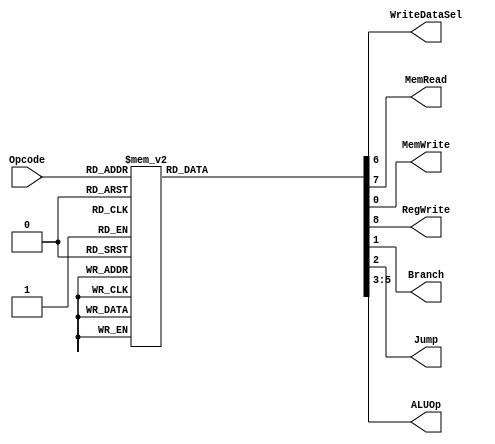
`timescale 1ns/1ns
module ControlUnit(input [3:0]Opcode, output WriteDataSel,MemRead,MemWrite,RegWrite,Branch,Jump, output [2:0] ALUOp);
	reg [2:0] aluop;
	reg writeDataSel,memRead,memWrite,regWrite,branch,jump;
  assign ALUOp = aluop;
  assign WriteDataSel = writeDataSel;
  assign MemRead = memRead;
  assign MemWrite = memWrite;
  assign RegWrite = regWrite;
  assign Branch = branch;
  assign Jump = jump;
  
	always@(Opcode) begin
		aluop = 3'b010; //nothing
		{writeDataSel,memRead,memWrite,regWrite,branch,jump} = 6'b0;
		case(Opcode)
		    4'b0000: begin //Load
				  aluop = 3'b010; //nothing
				  writeDataSel = 1;
				  memRead = 1;
				  regWrite = 1;
			  end
			  4'b0001: begin //Store
				  aluop = 3'b010; //nothing
				  memWrite = 1;
			  end
			  4'b0010: begin //Jump
				  aluop = 3'b010; //nothing
				  jump = 1;
			  end
			  4'b0100: begin //BranchZ
				  aluop = 3'b000; //BranchZ
				  branch = 1;
			  end
			  4'b1000: begin //C-type
				  aluop = 3'b001; //C-type
				  regWrite = 1;
			  end
			  4'b1100: begin //Addi
				  aluop = 3'b100; //Addi
				  regWrite = 1;
			  end
			  4'b1101: begin //Subi
				  aluop = 3'b101; //Subi
				  regWrite = 1;
			  end
			  4'b1110: begin //Andi
				  aluop = 3'b110; //Andi
				  regWrite = 1;
			  end
			  4'b1111: begin //Ori
				  aluop = 3'b111; //Ori
				  regWrite = 1;
			  end
			  default: begin
			    aluop = 3'b010; //nothing
		      {writeDataSel,memRead,memWrite,regWrite,branch,jump} = 6'b0;
		    end
		endcase
	end
endmodule